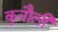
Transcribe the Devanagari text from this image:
कुनौली